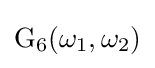
\operatorname {G} _{6}(\omega _{1},\omega _{2})